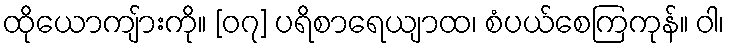
ထိုယောကျ်ားကို။ [၀၇] ပရိစာရေယျာထ၊ စံပယ်စေကြကုန်။ ဝါ၊